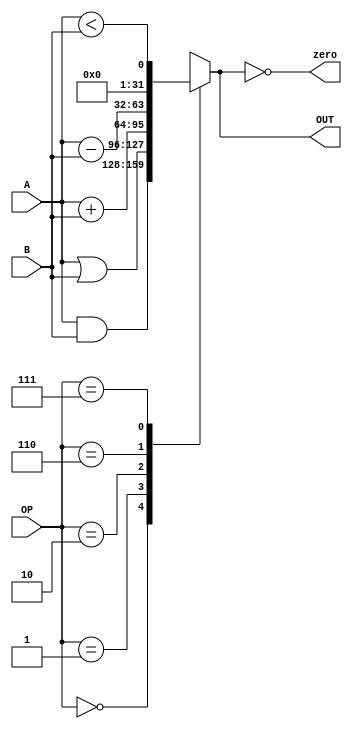
module arithmeticlogicunit(
	input[31:0] A, B,						//Inputs
	input[3:0] OP,							//Operation selector
	output reg[31:0] OUT,				//Result of the operation
	output wire zero						//Checks if the operation result is 0
	);

	reg[31:0] dontcare;

	assign zero = (OUT == 0);		//If the result of the op is 0, the flag is set to 1

	always @ (A, B, OP) begin
		case (OP)
			0: OUT = A & B;
			1: OUT = A | B;
			2: OUT = A + B;
			6: OUT = A - B;
			7: OUT = A < B;
			default: OUT = dontcare;
		endcase
	end
endmodule